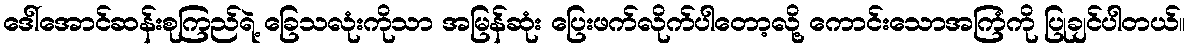
ဒေါ်အောင်ဆန်းစုကြည်ရဲ့ ခြေသလုံးကိုသာ အမြန်ဆုံး ပြေးဖက်လိုက်ပါတော့လို့ ကောင်းသောအကြံကို ပြုချင်ပါတယ်။